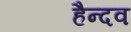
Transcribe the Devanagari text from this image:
हैन्दव